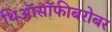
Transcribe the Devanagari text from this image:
थिऑसॉफीबरोबर